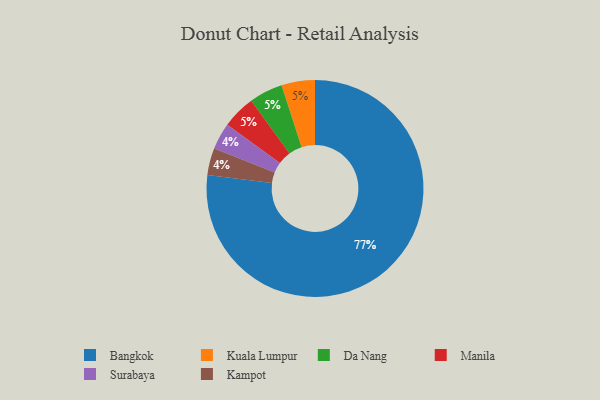
{"axis": {"x": "Category", "y": "Percentage"}, "legend": ["Bangkok", "Da Nang", "Kampot", "Kuala Lumpur", "Manila", "Surabaya"], "data": [{"x": "Kuala Lumpur", "y": 5, "type": "Kuala Lumpur"}, {"x": "Bangkok", "y": 77, "type": "Bangkok"}, {"x": "Surabaya", "y": 4, "type": "Surabaya"}, {"x": "Kampot", "y": 4, "type": "Kampot"}, {"x": "Da Nang", "y": 5, "type": "Da Nang"}, {"x": "Manila", "y": 5, "type": "Manila"}]}